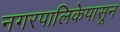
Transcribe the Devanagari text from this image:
नगरपालिकेपासून